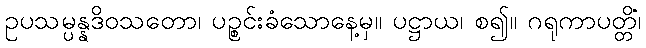
ဥပသမ္ပန္နဒိဝသတော၊ ပဉ္စင်းခံသောနေ့မှ။ ပဋ္ဌာယ၊ စ၍။ ဂရုကာပတ္တိံ၊